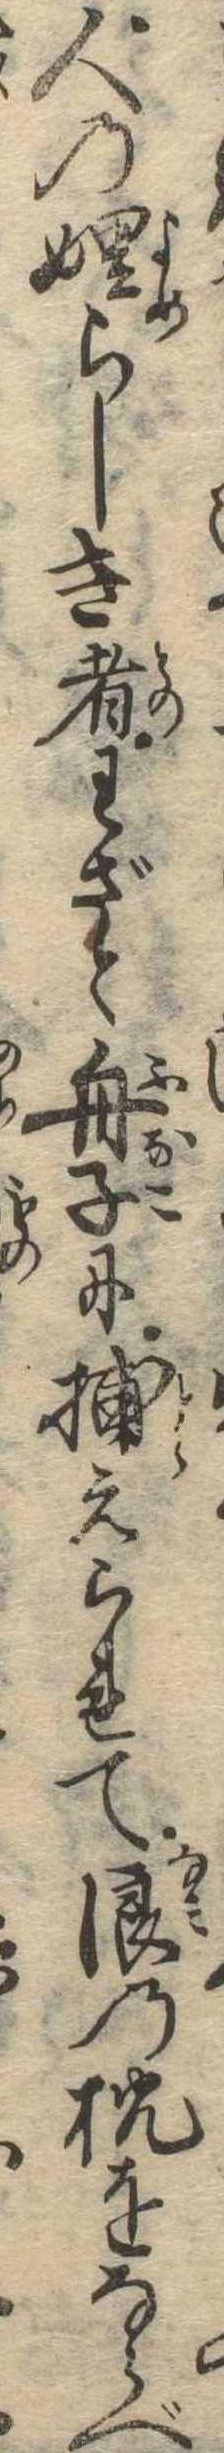
人のらしき者わざと舟子に捕えられて浪の枕をならべ